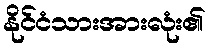
နိုင်ငံသားအားလုံး၏